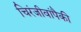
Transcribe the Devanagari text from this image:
चिरंजीवांपैकी